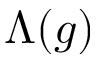
\Lambda ( g )